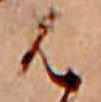
は